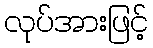
လုပ်အားဖြင့်